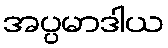
အပ္ပမာဒါယ